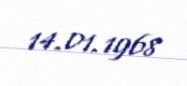
14.01.1968